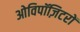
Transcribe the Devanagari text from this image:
ओविपॉज़िटरों